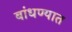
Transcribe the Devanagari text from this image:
बांधण्‍यात